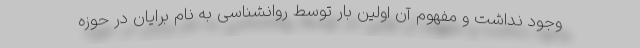
وجود نداشت و مفهوم آن اولین بار توسط روانشناسی به نام برایان در حوزه